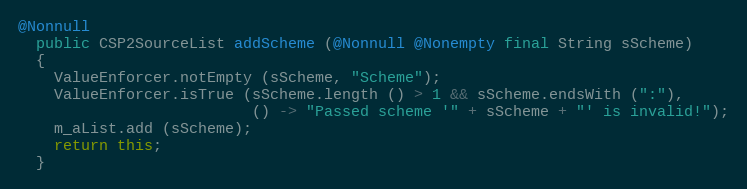
Language: Java
@Nonnull
  public CSP2SourceList addScheme (@Nonnull @Nonempty final String sScheme)
  {
    ValueEnforcer.notEmpty (sScheme, "Scheme");
    ValueEnforcer.isTrue (sScheme.length () > 1 && sScheme.endsWith (":"),
                          () -> "Passed scheme '" + sScheme + "' is invalid!");
    m_aList.add (sScheme);
    return this;
  }